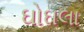
ઘોઘલા